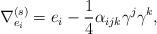
LaTeX: \begin{align*}\nabla ^{(s)}_{e_{i}} = e_{i} - \frac{1}{4}\alpha _{ijk}\gamma ^{j}\gamma ^{k},\end{align*}